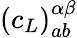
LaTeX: (c_{L})_{ab}^{\alpha\beta}